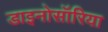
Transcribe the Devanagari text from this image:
डाइनोसॉरिया